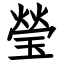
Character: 瑩